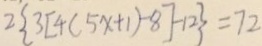
2 \{ 3 [ 4 ( 5 x + 1 ) - 8 ] - 1 2 \} = 7 2